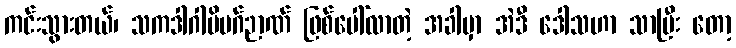
ကင်းသွားတယ်၊ သကဒါဂါမိမဂ်ဉာဏ် ဖြစ်ပေါ်လာတဲ့ အခါမှာ အဲဒီ ဒေါသဟာ သာပြီး တော့